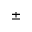
\pm